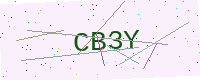
Text: CB3Y